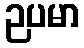
ဉပမာ